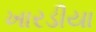
ખારડીયા